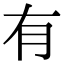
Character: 有